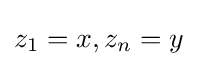
z_{1}=x,z_{n}=y